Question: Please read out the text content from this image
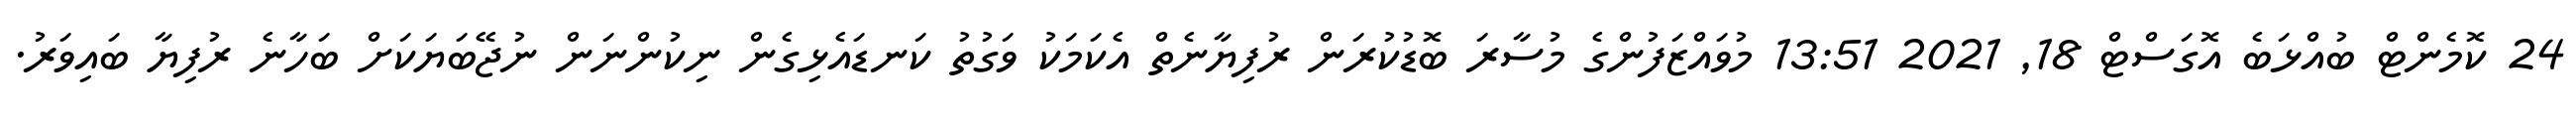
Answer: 24 ކޮމެންޓް ބުއްޅަބެ އޮގަސްޓް 18, 2021 13:51 މުވައްޒަފުންގެ މުސާރަ ބޮޑުކުރަން ރުފިޔާނެތް އެކަމަކު ވަގުތު ކަނޑައެޅިގެން ނިކުންނަން ނުޖޭބަޔަކަށް ބަހާނެ ރުފިޔާ ބައިވަރު.